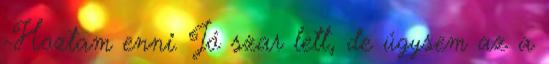
-Hoztam enni. Jó szar lett, de úgysem az a